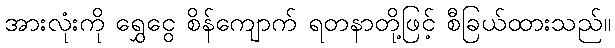
အားလုံးကို ရွှေငွေ စိန်ကျောက် ရတနာတို့ဖြင့် စီခြယ်ထားသည်။